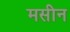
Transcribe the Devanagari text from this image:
मसीन